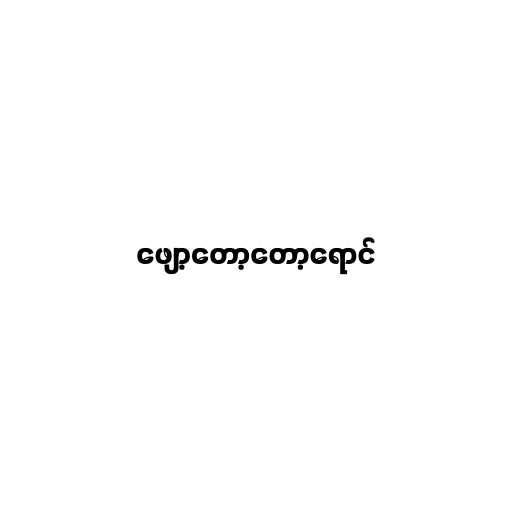
ဖျော့တော့တော့ရောင်